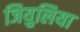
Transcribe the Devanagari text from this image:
जियुलिया